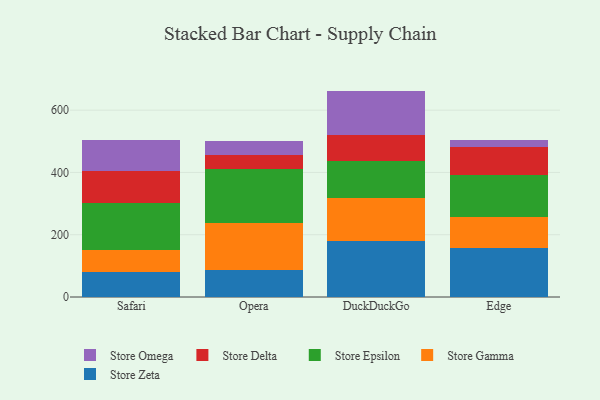
{"axis": {"x": "Browser", "y": "Revenue (USD Million)"}, "legend": ["Store Delta", "Store Epsilon", "Store Gamma", "Store Omega", "Store Zeta"], "data": [{"x": "Safari", "y": 80.6, "type": "Store Zeta"}, {"x": "Safari", "y": 70.4, "type": "Store Gamma"}, {"x": "Safari", "y": 149.8, "type": "Store Epsilon"}, {"x": "Safari", "y": 102.4, "type": "Store Delta"}, {"x": "Safari", "y": 100.2, "type": "Store Omega"}, {"x": "Opera", "y": 86.8, "type": "Store Zeta"}, {"x": "Opera", "y": 150.7, "type": "Store Gamma"}, {"x": "Opera", "y": 172.7, "type": "Store Epsilon"}, {"x": "Opera", "y": 46.7, "type": "Store Delta"}, {"x": "Opera", "y": 44.5, "type": "Store Omega"}, {"x": "DuckDuckGo", "y": 179.3, "type": "Store Zeta"}, {"x": "DuckDuckGo", "y": 139.8, "type": "Store Gamma"}, {"x": "DuckDuckGo", "y": 116.3, "type": "Store Epsilon"}, {"x": "DuckDuckGo", "y": 84.3, "type": "Store Delta"}, {"x": "DuckDuckGo", "y": 142.3, "type": "Store Omega"}, {"x": "Edge", "y": 157.9, "type": "Store Zeta"}, {"x": "Edge", "y": 99.7, "type": "Store Gamma"}, {"x": "Edge", "y": 133.9, "type": "Store Epsilon"}, {"x": "Edge", "y": 89.9, "type": "Store Delta"}, {"x": "Edge", "y": 24.3, "type": "Store Omega"}]}